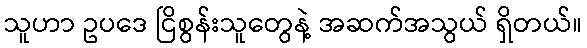
သူဟာ ဥပဒေ ငြိစွန်းသူတွေနဲ့ အဆက်အသွယ် ရှိတယ်။